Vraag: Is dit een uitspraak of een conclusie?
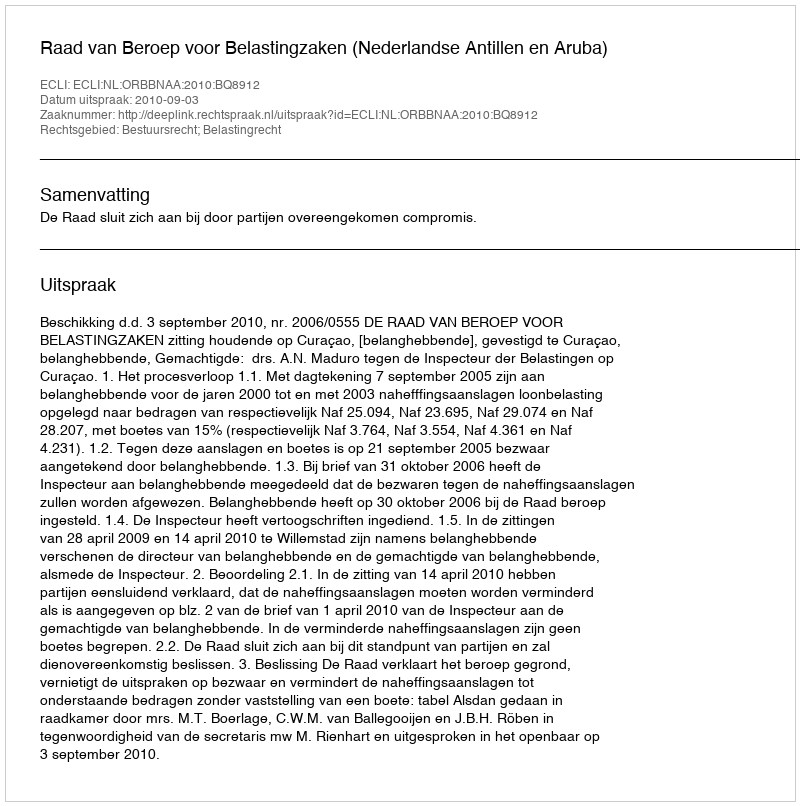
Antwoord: Uitspraak